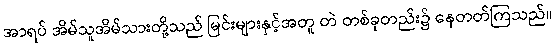
အာရပ် အိမ်သူအိမ်သားတို့သည် မြင်းများနှင့်အတူ တဲ တစ်ခုတည်း၌ နေတတ်ကြသည်။